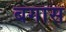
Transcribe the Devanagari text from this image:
बगास